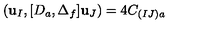
( { \bf u } _ { I } , [ D _ { a } , \Delta _ { f } ] { \bf u } _ { J } ) = 4 C _ { ( I J ) a }